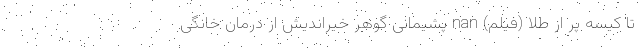
تا کیسه پر از طلا (فیلم) nan پشیمانی گوهر خیراندیش از درمان خانگی